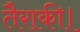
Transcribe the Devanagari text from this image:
तैराकी।